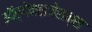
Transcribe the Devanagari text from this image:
ऑर्गेनाइजेशन्स